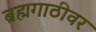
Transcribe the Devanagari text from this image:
ब्रह्मगाठीवर